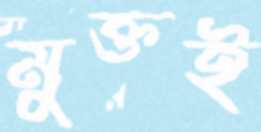
মুক্তই